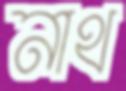
নাথ